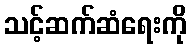
သင့်ဆက်ဆံရေးကို